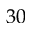
3 0